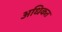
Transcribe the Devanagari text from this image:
अधिकत